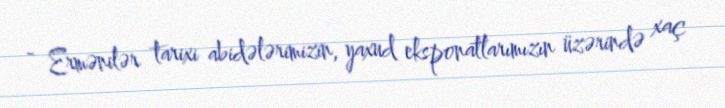
- Ermənilər tarixi abidələrimizin, yaxud eksponatlarımızın üzərində xaç